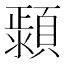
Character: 𱩤